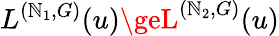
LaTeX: L^{(\mathbb{N}_{1},G)}(u)\geL^{(\mathbb{N}_{2},G)}(u)